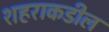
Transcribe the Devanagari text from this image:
शहराकडील